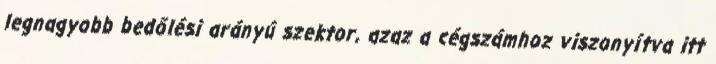
legnagyobb bedőlési arányú szektor, azaz a cégszámhoz viszonyítva itt